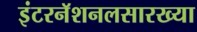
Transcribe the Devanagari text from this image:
इंटरनॅशनलसारख्या